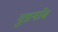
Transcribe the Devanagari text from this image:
गुङगाँव